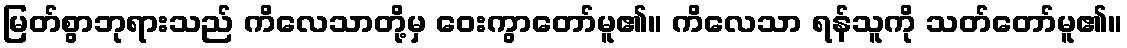
မြတ်စွာဘုရားသည် ကိလေသာတို့မှ ဝေးကွာတော်မူ၏။ ကိလေသာ ရန်သူကို သတ်တော်မူ၏။